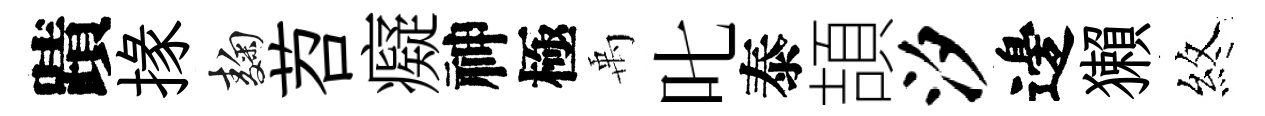
蹟掾麹苕癡神極禹叱泰頡汐邊獺煞